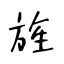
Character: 旌